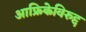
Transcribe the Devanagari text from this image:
आफ्रिकेविरुद्द